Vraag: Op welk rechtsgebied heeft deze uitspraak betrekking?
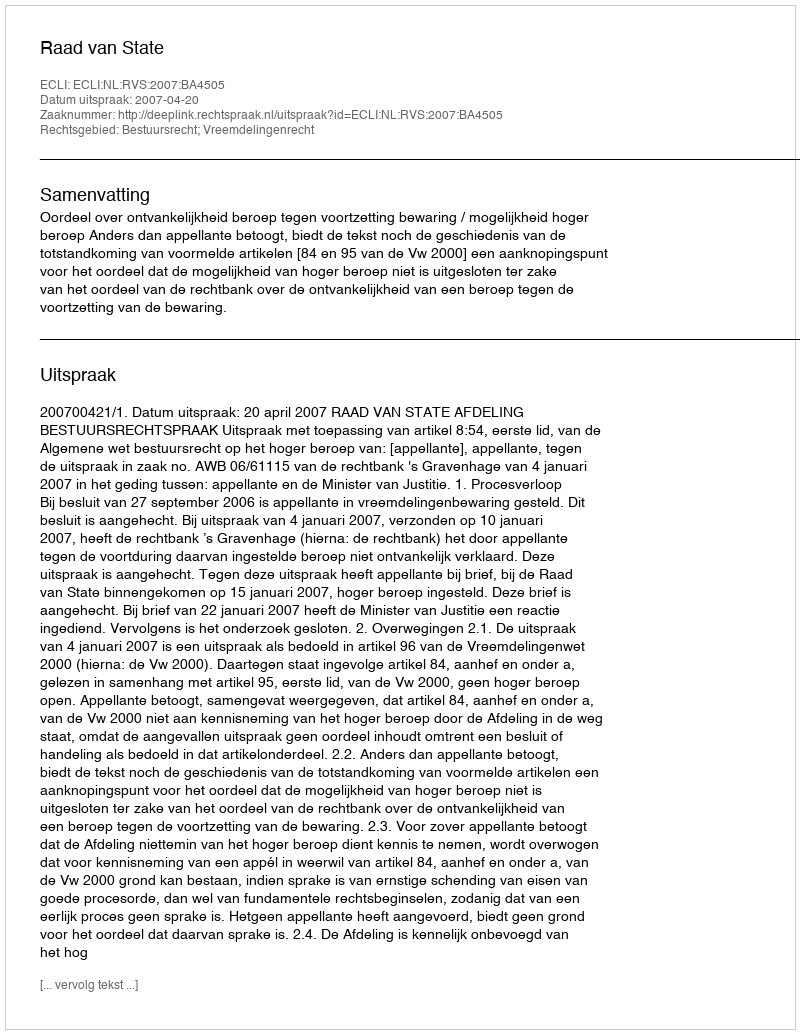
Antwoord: Bestuursrecht; Vreemdelingenrecht